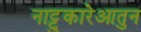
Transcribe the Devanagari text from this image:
नाट्टुकारेआतुन